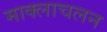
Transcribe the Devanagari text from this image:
माक्लाचलन